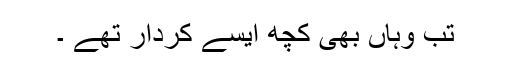
تب وہاں بھی کچھ ایسے کردار تھے ۔